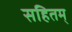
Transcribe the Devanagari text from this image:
सहितम्